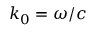
\, k _ { 0 } = \omega / c